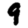
Digit: 9